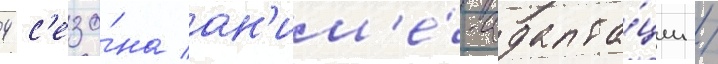
4 с'езо́на ан'им'е́-адапта́ции /